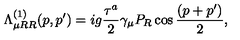
\Lambda _ { \mu R R } ^ { ( 1 ) } ( p , p ^ { \prime } ) = i g { \frac { \tau ^ { a } } { 2 } } \gamma _ { \mu } P _ { R } \cos { \frac { ( p + p ^ { \prime } ) } { 2 } } ,